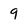
Character: 9